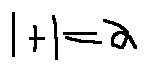
1 + 1 = 2